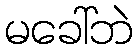
မခေါ်ဘဲ